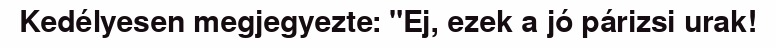
Kedélyesen megjegyezte: "Ej, ezek a jó párizsi urak!